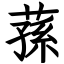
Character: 蓀